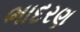
ભાદરણ